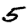
Digit: 5